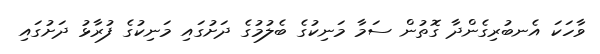
ވާހަކަ އެނބުރިގެންދާ ގޮތުން ސަމާ މަނިކުގެ ބެލުމުގެ ދަށުގައި މަނިކުގެ ފުރާޅު ދަށުގައި